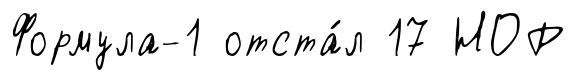
Формула-1 отста́л 17 НОР